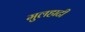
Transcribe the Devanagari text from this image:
मुलहाटी